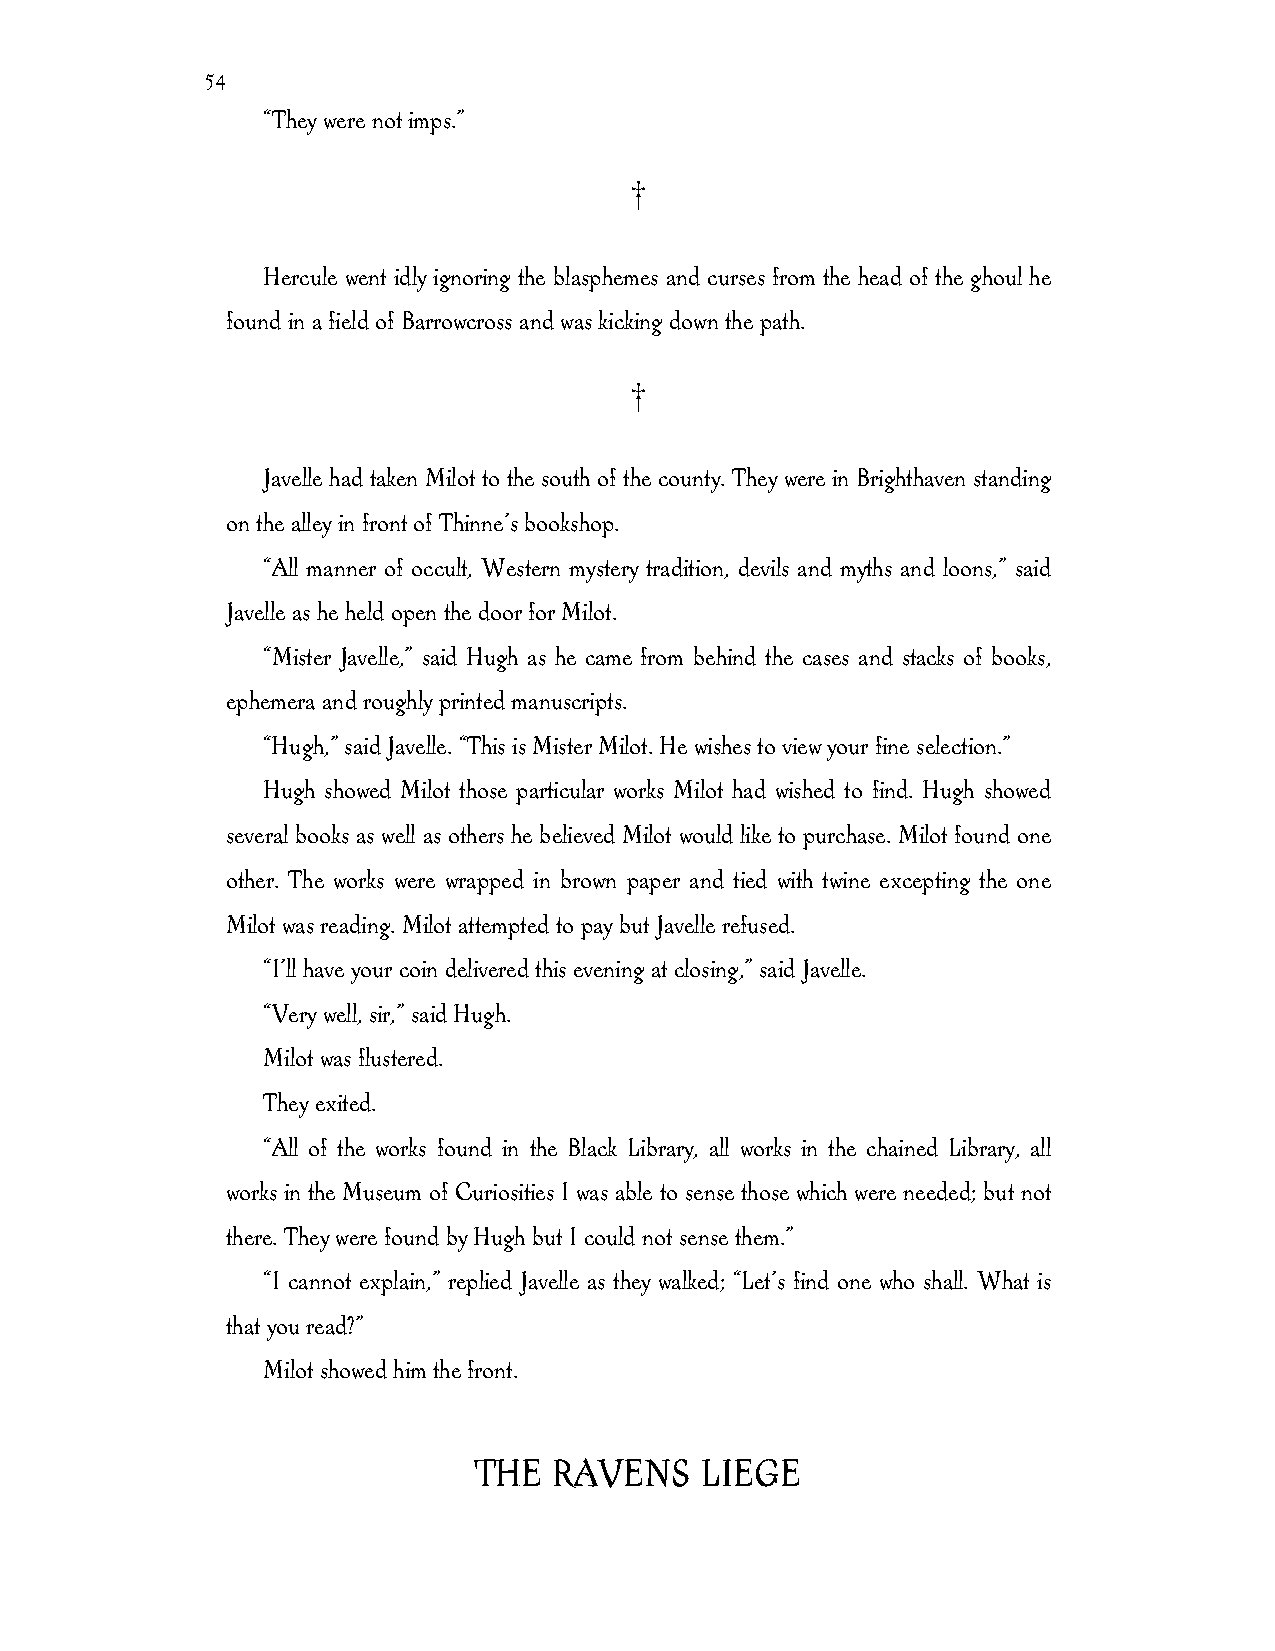
54
 “They were not imps.”
 †
 Hercule went idly ignoring the blasphemes and curses from the head of the ghoul he
 found in a field of Barrowcross and was kicking down the path.
 †
 Javelle had taken Milot to the south of the county. They were in Brighthaven standing
 on the alley in front of Thinne’s bookshop.
 “All manner of occult, Western mystery tradition, devils and myths and loons,” said
 Javelle as he held open the door for Milot.
 “Mister Javelle,” said Hugh as he came from behind the cases and stacks of books,
 ephemera and roughly printed manuscripts.
 “Hugh,” said Javelle. “This is Mister Milot. He wishes to view your fine selection.”
 Hugh showed Milot those particular works Milot had wished to find. Hugh showed
 several books as well as others he believed Milot would like to purchase. Milot found one
 other. The works were wrapped in brown paper and tied with twine excepting the one
 Milot was reading. Milot attempted to pay but Javelle refused.
 “I’ll have your coin delivered this evening at closing,” said Javelle.
 “Very well, sir,” said Hugh.
 Milot was flustered.
 They exited.
 “All of the works found in the Black Library, all works in the chained Library, all
 works in the Museum of Curiosities I was able to sense those which were needed; but not
 there. They were found by Hugh but I could not sense them.”
 “I cannot explain,” replied Javelle as they walked; “Let’s find one who shall. What is
 that you read?”
 Milot showed him the front.
 THE   RAVENS   LIEGE